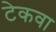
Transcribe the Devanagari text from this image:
टेकवा